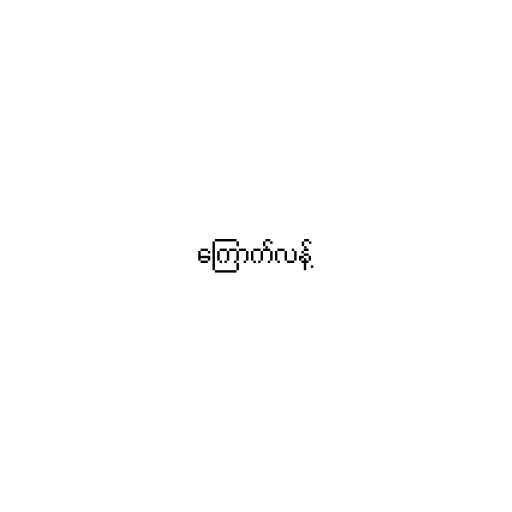
ကြောက်လန့်